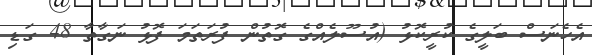
އެހެނަސް ބަލީގެ ކުރީކޮޅު (އުސޫލެއްގެ ގޮތުން ފުރަތަމަ ފޮޅު ނަގާތާ 48 ގަޑި